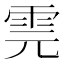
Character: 䨌